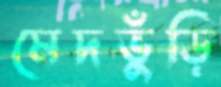
মেদভুঁড়ি